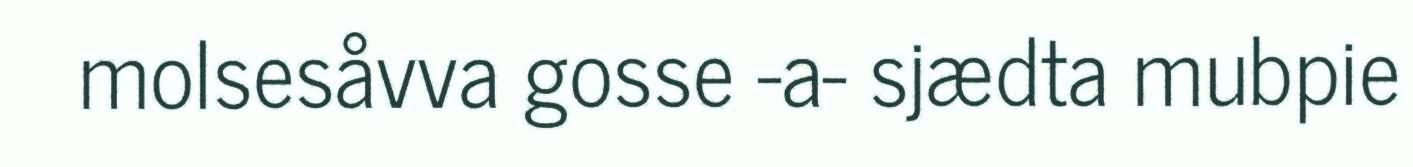
molsesåvva gosse -a- sjædta mubpie